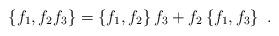
LaTeX: \begin{align*}\left\{ f_{1},f_{2}f_{3}\right\} =\left\{f_{1},f_{2}\right\} f_{3}+f_{2}\left\{ f_{1},f_{3}\right\} \ .\end{align*}